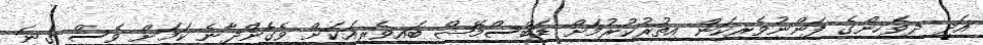
އަދި ދިވެހިންގެ ފަންނުވެރިކަން އިތުރުކުރުމަށް ޑަބްސްމޭޝް ބައިވެރިއަކަށް ވެގެންދާނެ ކަމަށް ވެސް ގިނަ